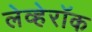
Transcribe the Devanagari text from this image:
लेव्हेरॉक